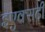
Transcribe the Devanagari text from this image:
इएक्सटी